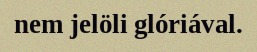
nem jelöli glóriával.